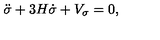
\ddot { \sigma } + 3 H \dot { \sigma } + V _ { \sigma } = 0 ,